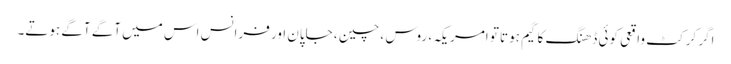
اگر کرکٹ واقعی کوئی ڈھنگ کا گیم ہوتا تو امریکہ ، روس ، چین ، جاپان اور فرانس اس میں آگے آگے ہوتے۔